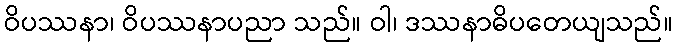
ဝိပဿနာ၊ ဝိပဿနာပညာ သည်။ ဝါ၊ ဒဿနာဓိပတေယျသည်။